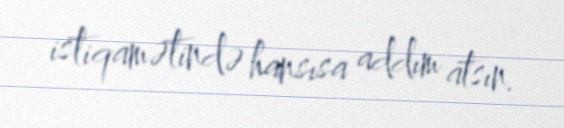
istiqamətində hansısa addım atsın.